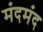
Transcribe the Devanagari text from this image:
मंदमंद